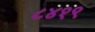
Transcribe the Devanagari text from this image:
८४१९